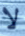
لا